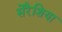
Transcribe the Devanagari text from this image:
सेरैशिया